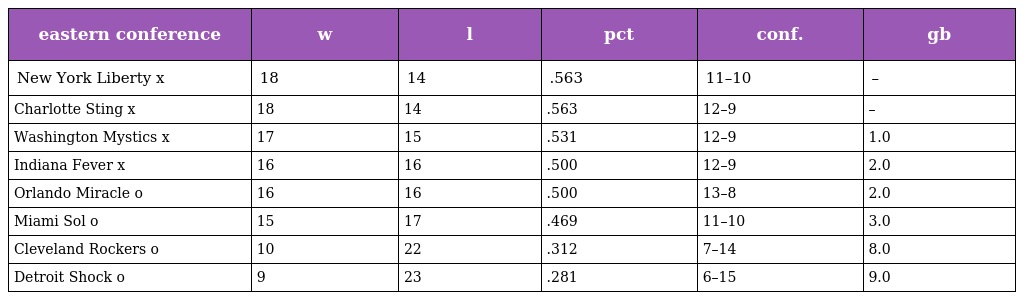
| eastern conference | w | l | pct | conf. | gb |
 | --- | --- | --- | --- | --- | --- |
 | New York Liberty x | 18 | 14 | .563 | 11–10 | – |
 | Charlotte Sting x | 18 | 14 | .563 | 12–9 | – |
 | Washington Mystics x | 17 | 15 | .531 | 12–9 | 1.0 |
 | Indiana Fever x | 16 | 16 | .500 | 12–9 | 2.0 |
 | Orlando Miracle o | 16 | 16 | .500 | 13–8 | 2.0 |
 | Miami Sol o | 15 | 17 | .469 | 11–10 | 3.0 |
 | Cleveland Rockers o | 10 | 22 | .312 | 7–14 | 8.0 |
 | Detroit Shock o | 9 | 23 | .281 | 6–15 | 9.0 |